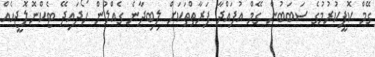
ގޭމް ކޮޕީކުރުމުގެ ސަބަބުން ގޭމް އުފައްދާ ފަރާތްތަކަށް ލިބިދާނެ ގެއްލުން ހޯދައިދޭ ޓެކްނޮލޮޖީއެއް